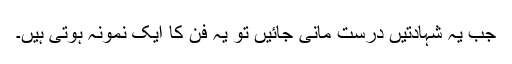
جب یہ شہادتیں درست مانی جائیں تو یہ فن کا ایک نمونہ ہوتی ہیں۔